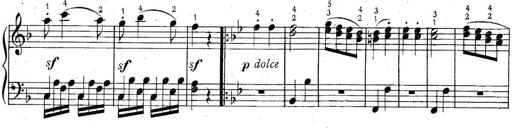
Title: 6 Easy Sonatinas
Composer: Carl Czerny